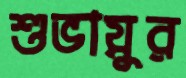
শুভায়ুর